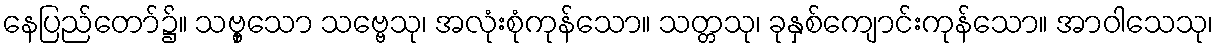
နေပြည်တော်၌။ သဗ္ဗှသော သဗ္ဗေသု၊ အလုံးစုံကုန်သော။ သတ္တသု၊ ခုနှစ်ကျောင်းကုန်သော။ အာဝါသေသု၊